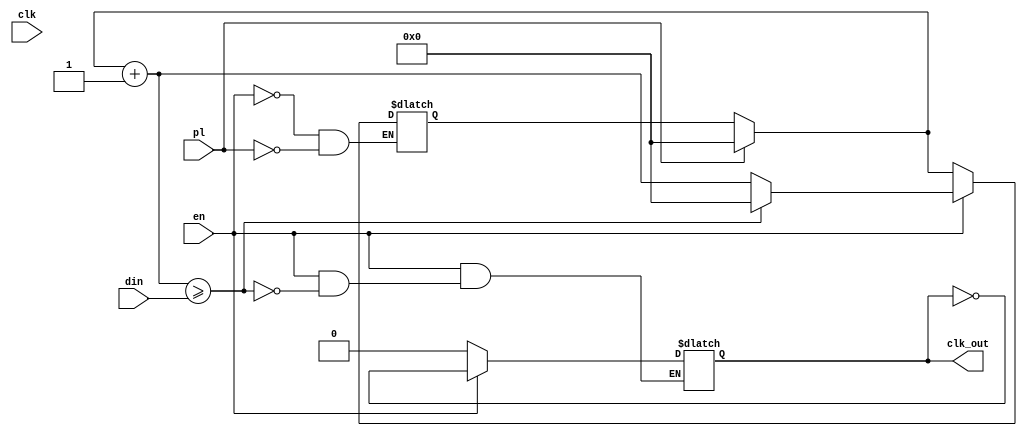
`timescale 1ns / 1ps


module divizor(clk, pl, en, din, clk_out);
    input clk, en, pl;
    input [15:0] din;
    
    reg [15:0] din_local, contor;
    output reg clk_out;
    always @(clk)
        begin
            if(pl)
                begin
                    contor = 0;
                    din_local = din;
                    //clk_out=1'b0;
                end
            if(en)
                begin
                    contor = contor + 1;
                    if(contor >= din_local)
                        begin
                            contor = 0;
                            clk_out = ~clk_out;
                        end
                    
                end
            else
                clk_out = 0;       
        end
        
            
endmodule